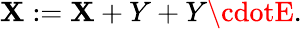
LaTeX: \mathbf{X}:=\mathbf{X}+Y+Y\cdotE.